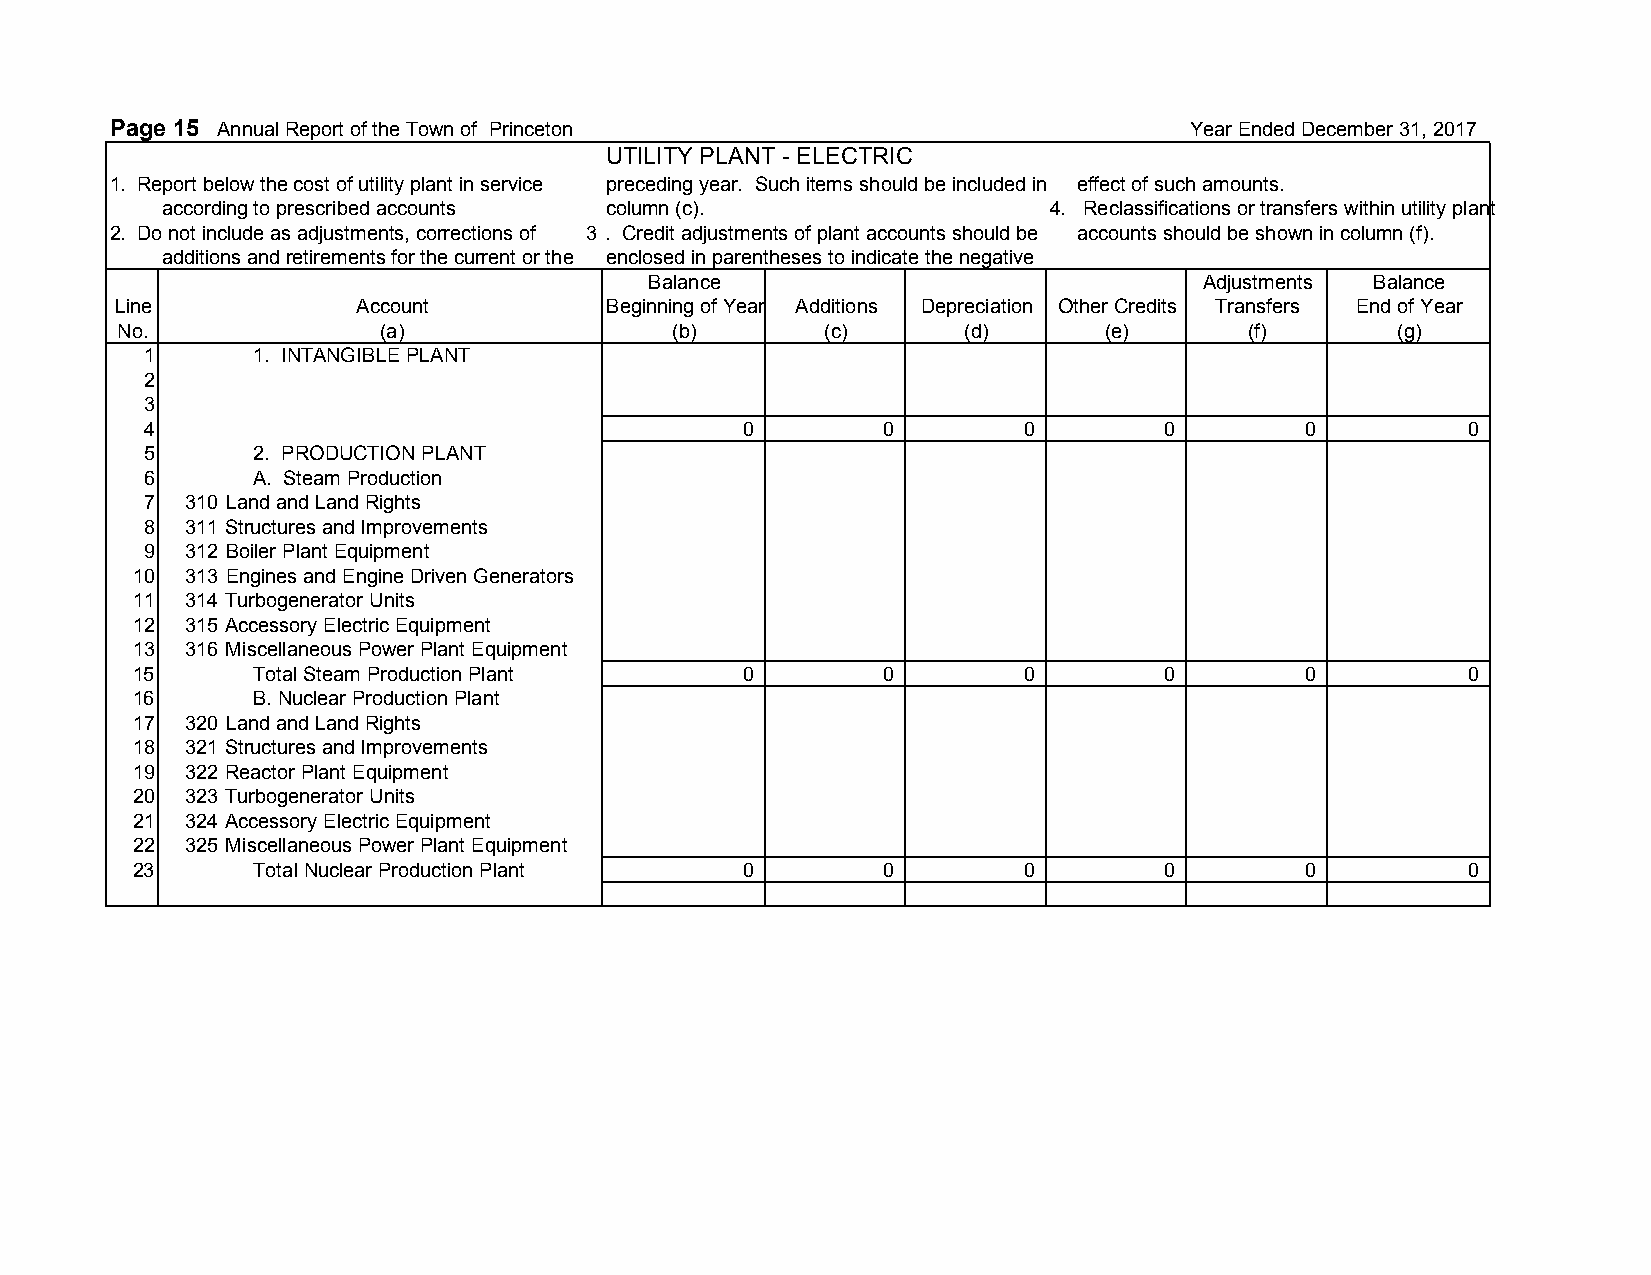
Page 15 Annual Report of the Town of Princeton                          Year Ended December 31, 2017
 UTILITY PLANT - ELECTRIC
 1. Report below the cost of utility plant in service preceding year. Such items should be included in effect of such amounts.
 according to prescribed accounts column (c).              4. Reclassifications or transfers within utility plant
 2. Do not include as adjustments, corrections of 3 . Credit adjustments of plant accounts should be accounts should be shown in column (f).
 additions and retirements for the current or the enclosed in parentheses to indicate the negative
 Balance                              Adjustments Balance
 Line            Account         Beginning of Year Additions Depreciation Other Credits Transfers End of Year
 No.              (a)                (b)        (c)      (d)      (e)       (f)      (g)
 1      1. INTANGIBLE PLANT
 2
 3
 4                                      0        0         0        0        0          0
 5      2. PRODUCTION PLANT
 6      A. Steam Production
 7 310 Land and Land Rights
 8 311 Structures and Improvements
 9 312 Boiler Plant Equipment
 10 313 Engines and Engine Driven Generators
 11 314 Turbogenerator Units
 12 315 Accessory Electric Equipment
 13 316 Miscellaneous Power Plant Equipment
 15      Total Steam Production Plant    0        0         0        0        0          0
 16      B. Nuclear Production Plant
 17 320 Land and Land Rights
 18 321 Structures and Improvements
 19 322 Reactor Plant Equipment
 20 323 Turbogenerator Units
 21 324 Accessory Electric Equipment
 22 325 Miscellaneous Power Plant Equipment
 23      Total Nuclear Production Plant  0        0         0        0        0          0